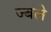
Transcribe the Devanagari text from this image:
ज्बले